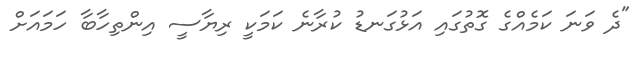
"ދެ ވަނަ ކަމެއްގެ ގޮތުގައި އަޅުގަނޑު ކުރާނެ ކަމަކީ ރިޔާސީ އިންތިހާބާ ހަމައަށް